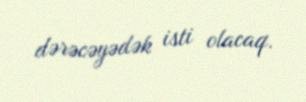
dərəcəyədək isti olacaq.